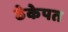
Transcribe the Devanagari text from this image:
ठेकेपत